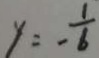
y = - \frac { 1 } { 6 }